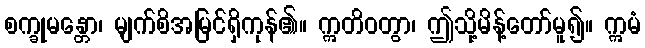
စက္ခုမန္တော၊ မျက်စိအမြင်ရှိကုန်၏။ ဣတိဝတွာ၊ ဤသို့မိန့်တော်မူ၍။ ဣမံ